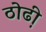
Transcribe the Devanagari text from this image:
ठोढी़